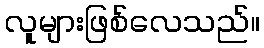
လူများဖြစ်လေသည်။